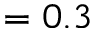
= 0 . 3